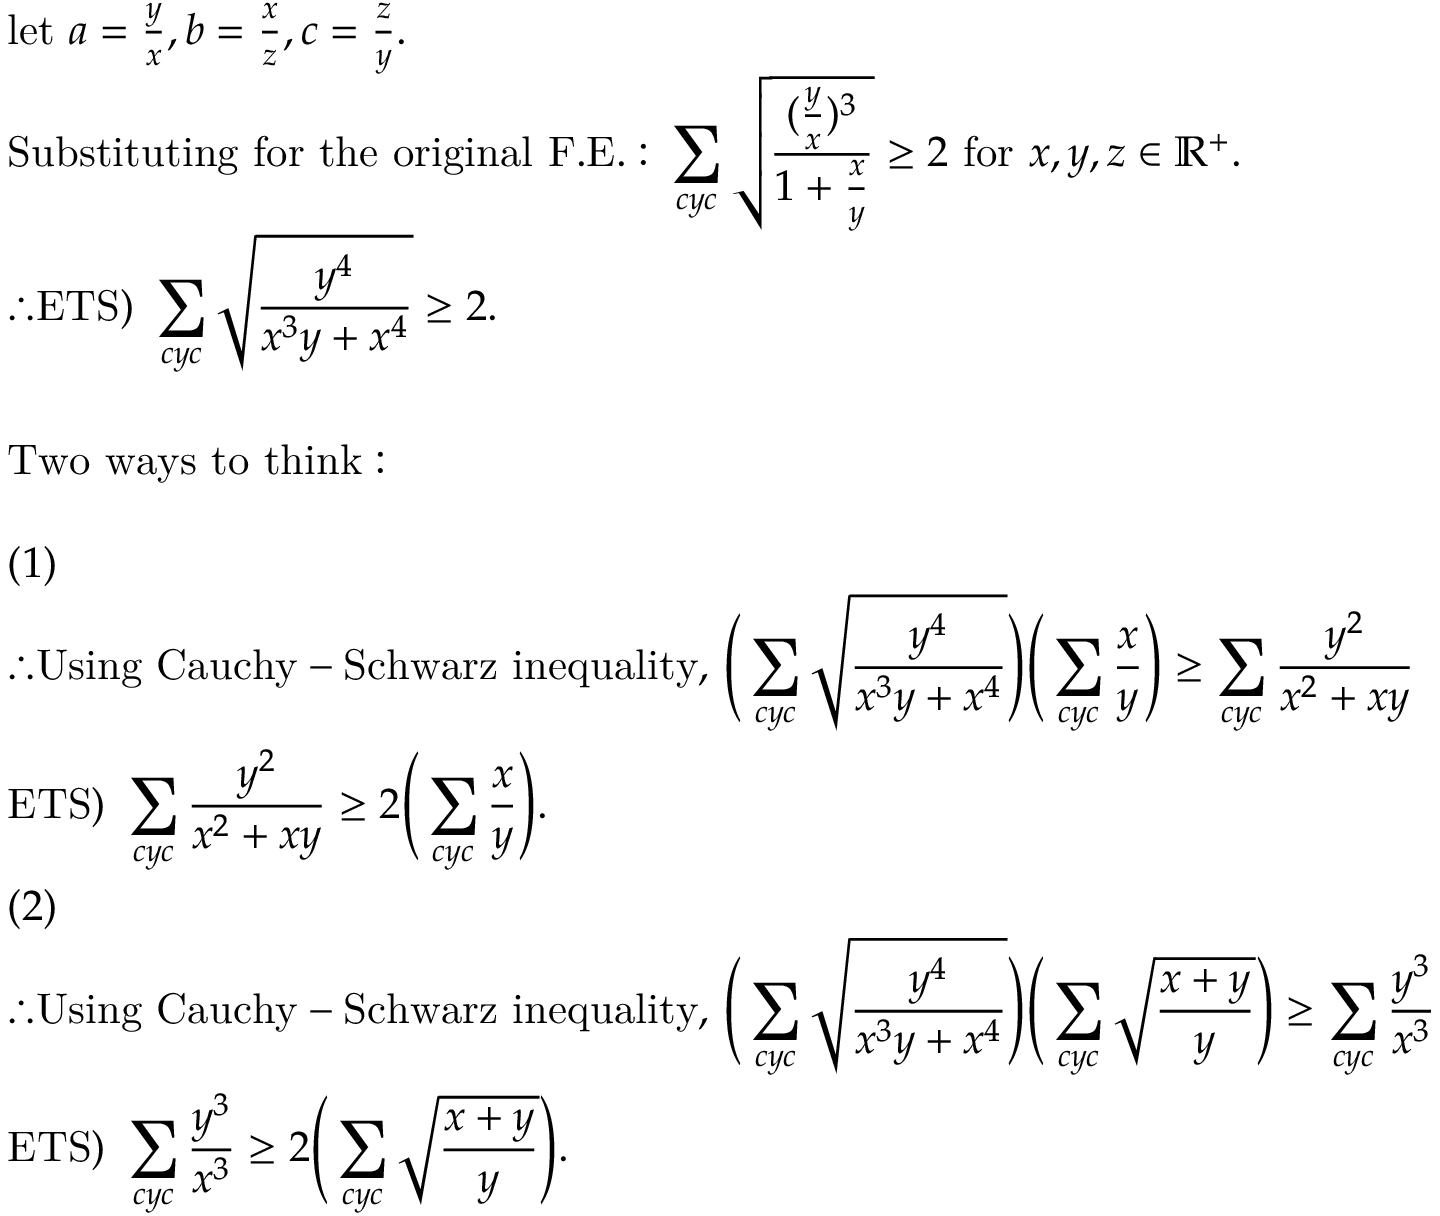
\begin{array} { r l } & { \mathrm { l e t ~ } a = \frac { y } { x } , b = \frac { x } { z } , c = \frac { z } { y } . } \\ & { \mathrm { S u b s t i t u t i n g ~ f o r ~ t h e ~ o r i g i n a l ~ F . E . : ~ } \displaystyle \sum _ { c y c } \sqrt { \frac { ( \frac { y } { x } ) ^ { 3 } } { 1 + \frac { x } { y } } } \geq 2 \mathrm { ~ f o r ~ } x , y , z \in \mathbb { R } ^ { + } . } \\ & { \therefore \mathrm { E T S ) ~ } \displaystyle \sum _ { c y c } \sqrt { \frac { y ^ { 4 } } { x ^ { 3 } y + x ^ { 4 } } } \geq 2 . } \\ { \ } \\ & { \mathrm { T w o ~ w a y s ~ t o ~ t h i n k : ~ } } \\ { \ } \\ & { ( 1 ) } \\ & { \therefore \mathrm { U s i n g ~ C a u c h y - S c h w a r z ~ i n e q u a l i t y , ~ } \displaystyle \Bigg ( \sum _ { c y c } \sqrt { \frac { y ^ { 4 } } { x ^ { 3 } y + x ^ { 4 } } } \Bigg ) \Bigg ( \sum _ { c y c } \frac { x } { y } \Bigg ) \geq \sum _ { c y c } \frac { y ^ { 2 } } { x ^ { 2 } + x y } } \\ & { \mathrm { E T S ) ~ } \displaystyle \sum _ { c y c } \frac { y ^ { 2 } } { x ^ { 2 } + x y } \geq 2 \Bigg ( \sum _ { c y c } \frac { x } { y } \Bigg ) . \ } \\ & { ( 2 ) } \\ & { \therefore \mathrm { U s i n g ~ C a u c h y - S c h w a r z ~ i n e q u a l i t y , ~ } \displaystyle \Bigg ( \sum _ { c y c } \sqrt { \frac { y ^ { 4 } } { x ^ { 3 } y + x ^ { 4 } } } \Bigg ) \Bigg ( \sum _ { c y c } \sqrt { \frac { x + y } { y } } \Bigg ) \geq \sum _ { c y c } \frac { y ^ { 3 } } { x ^ { 3 } } } \\ & { \mathrm { E T S ) ~ } \displaystyle \sum _ { c y c } \frac { y ^ { 3 } } { x ^ { 3 } } \geq 2 \Bigg ( \sum _ { c y c } \sqrt { \frac { x + y } { y } } \Bigg ) . } \end{array}